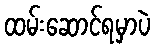
ထမ်းဆောင်ရမှာပဲ